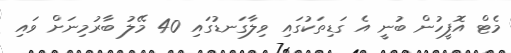
މެޓް އޮފީހުން ބުނީ އެ ގަޑިތަކުގައި ވިލާގަނޑުގައި 40 މޭލު ބާރުމިނަށް ވައި